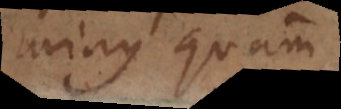
minus quam